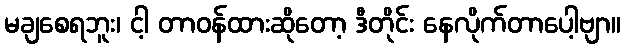
မချစေရဘူး၊ ငါ့ တာဝန်ထားဆိုတော့ ဒီတိုင်း နေလိုက်တာပေါ့ဗျာ။